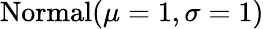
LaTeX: \mathrm{Normal}(\mu=1,\sigma=1)